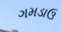
ગમડાઉ